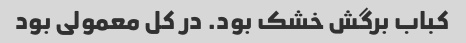
کباب برگش خشک بود. در کل معمولی بود